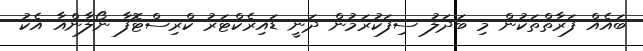
ބައެއް ފަރާތްތަކުން މި ބަދަލު ސިފަކުރަމުން ދަނީ ޑައިރެކްޓަރު ކްރިސްޓޮފާ ނޯލާންއާ އެކު